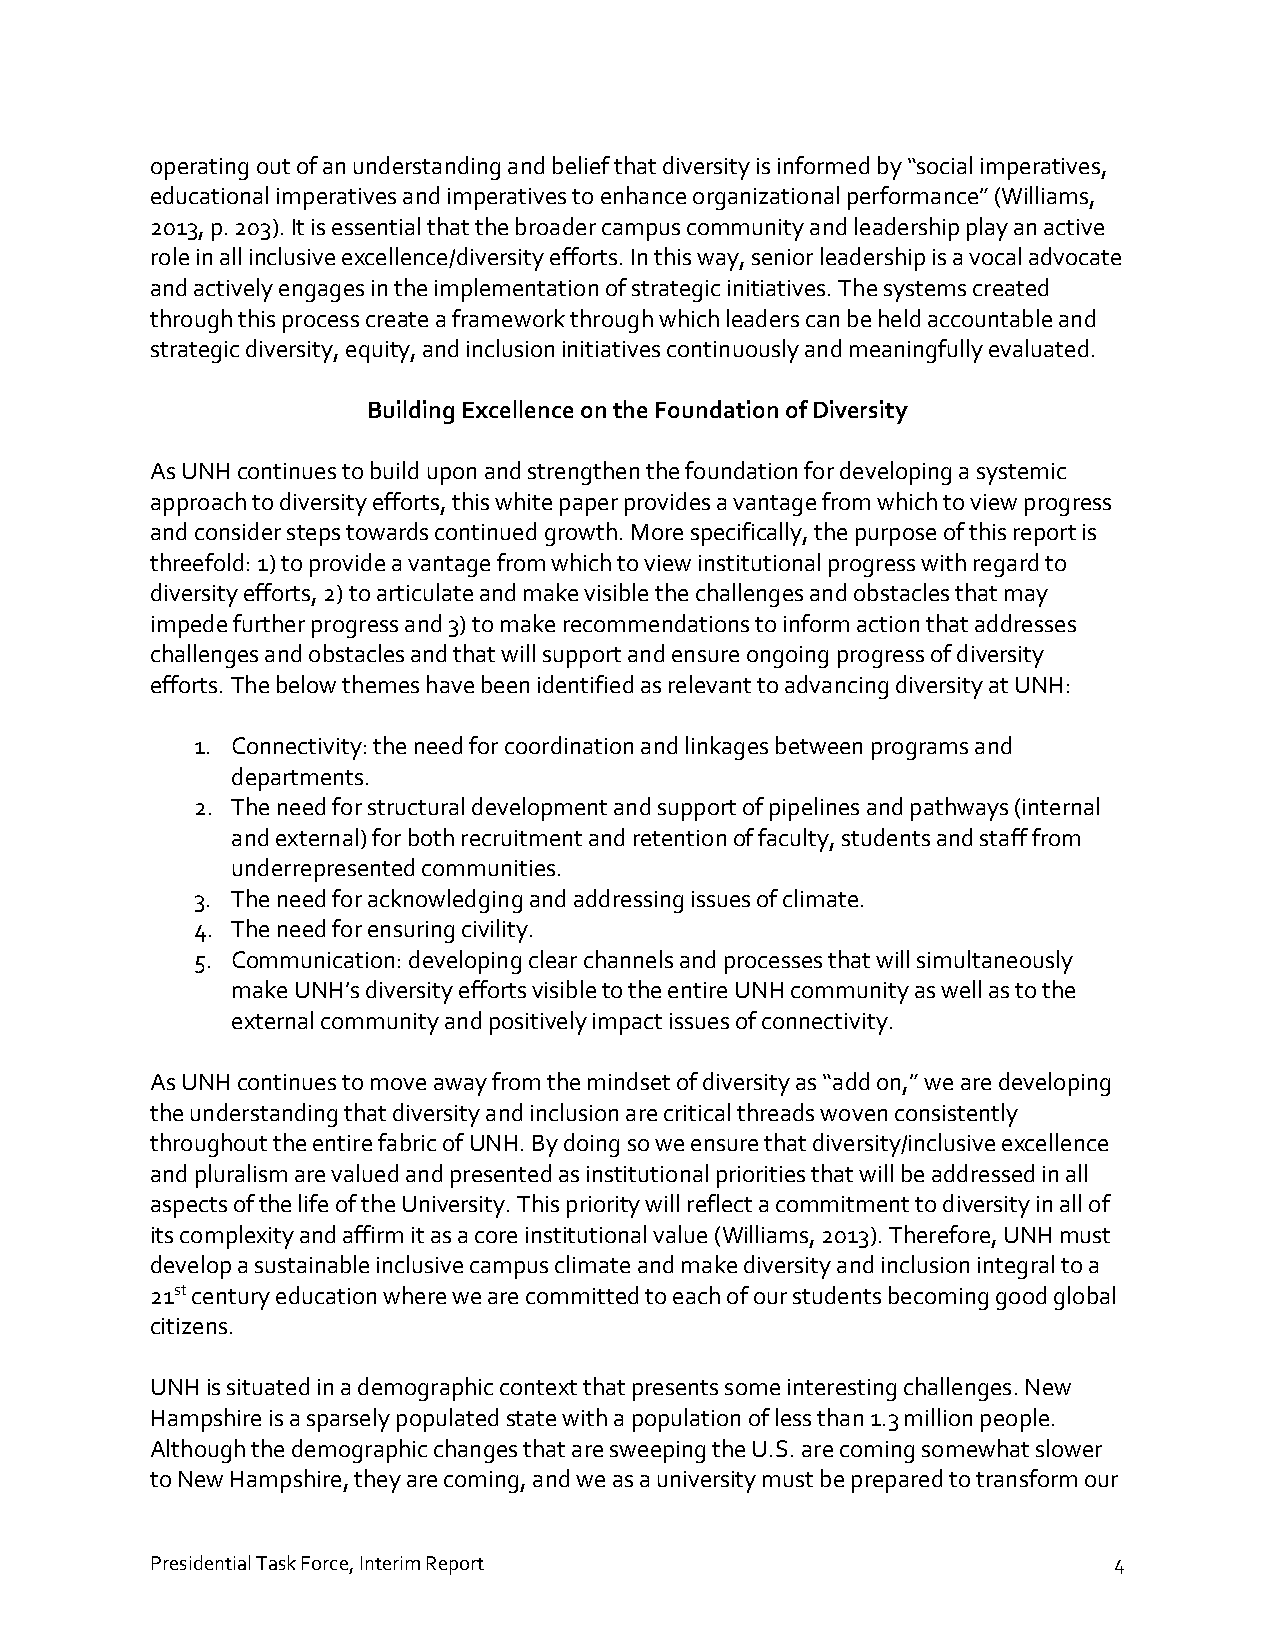
operating out of an understanding and belief that diversity is informed by “social imperatives,
 educational imperatives and imperatives to enhance organizational performance” (Williams,
 2013, p. 203). It is essential that the broader campus community and leadership play an active
 role in all inclusive excellence/diversity efforts. In this way, senior leadership is a vocal advocate
 and actively engages in the implementation of strategic initiatives. The systems created
 through this process create a framework through which leaders can be held accountable and
 strategic diversity, equity, and inclusion initiatives continuously and meaningfully evaluated.
 Building Excellence on the Foundation of Diversity
 As UNH continues to build upon and strengthen the foundation for developing a systemic
 approach to diversity efforts, this white paper provides a vantage from which to view progress
 and consider steps towards continued growth. More specifically, the purpose of this report is
 threefold: 1) to provide a vantage from which to view institutional progress with regard to
 diversity efforts, 2) to articulate and make visible the challenges and obstacles that may
 impede further progress and 3) to make recommendations to inform action that addresses
 challenges and obstacles and that will support and ensure ongoing progress of diversity
 efforts. The below themes have been identified as relevant to advancing diversity at UNH:
 1. Connectivity: the need for coordination and linkages between programs and
 departments.
 2. The need for structural development and support of pipelines and pathways (internal
 and external) for both recruitment and retention of faculty, students and staff from
 underrepresented communities.
 3. The need for acknowledging and addressing issues of climate.
 4. The need for ensuring civility.
 5. Communication: developing clear channels and processes that will simultaneously
 make UNH’s diversity efforts visible to the entire UNH community as well as to the
 external community and positively impact issues of connectivity.
 As UNH continues to move away from the mindset of diversity as “add on,” we are developing
 the understanding that diversity and inclusion are critical threads woven consistently
 throughout the entire fabric of UNH. By doing so we ensure that diversity/inclusive excellence
 and pluralism are valued and presented as institutional priorities that will be addressed in all
 aspects of the life of the University. This priority will reflect a commitment to diversity in all of
 its complexity and affirm it as a core institutional value (Williams, 2013). Therefore, UNH must
 develop a sustainable inclusive campus climate and make diversity and inclusion integral to a
 21st century education where we are committed to each of our students becoming good global
 citizens.
 UNH is situated in a demographic context that presents some interesting challenges. New
 Hampshire is a sparsely populated state with a population of less than 1.3 million people.
 Although the demographic changes that are sweeping the U.S. are coming somewhat slower
 to New Hampshire, they are coming, and we as a university must be prepared to transform our
 Presidential Task Force, Interim Report                         4